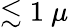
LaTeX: \lesssim 1~\mu